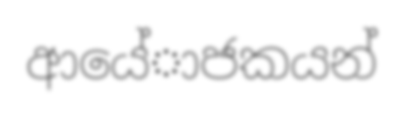
ආයේාජකයන්